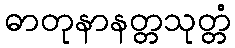
ဓာတုနာနတ္တသုတ္တံ